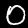
Digit: 0